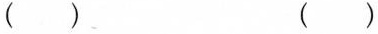
( ) ( )